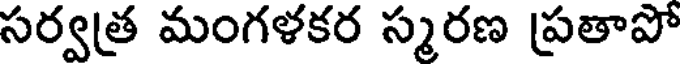
సర్వత్ర మంగళకర స్మరణ ప్రతాపో